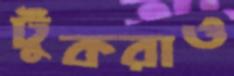
টুকরাও